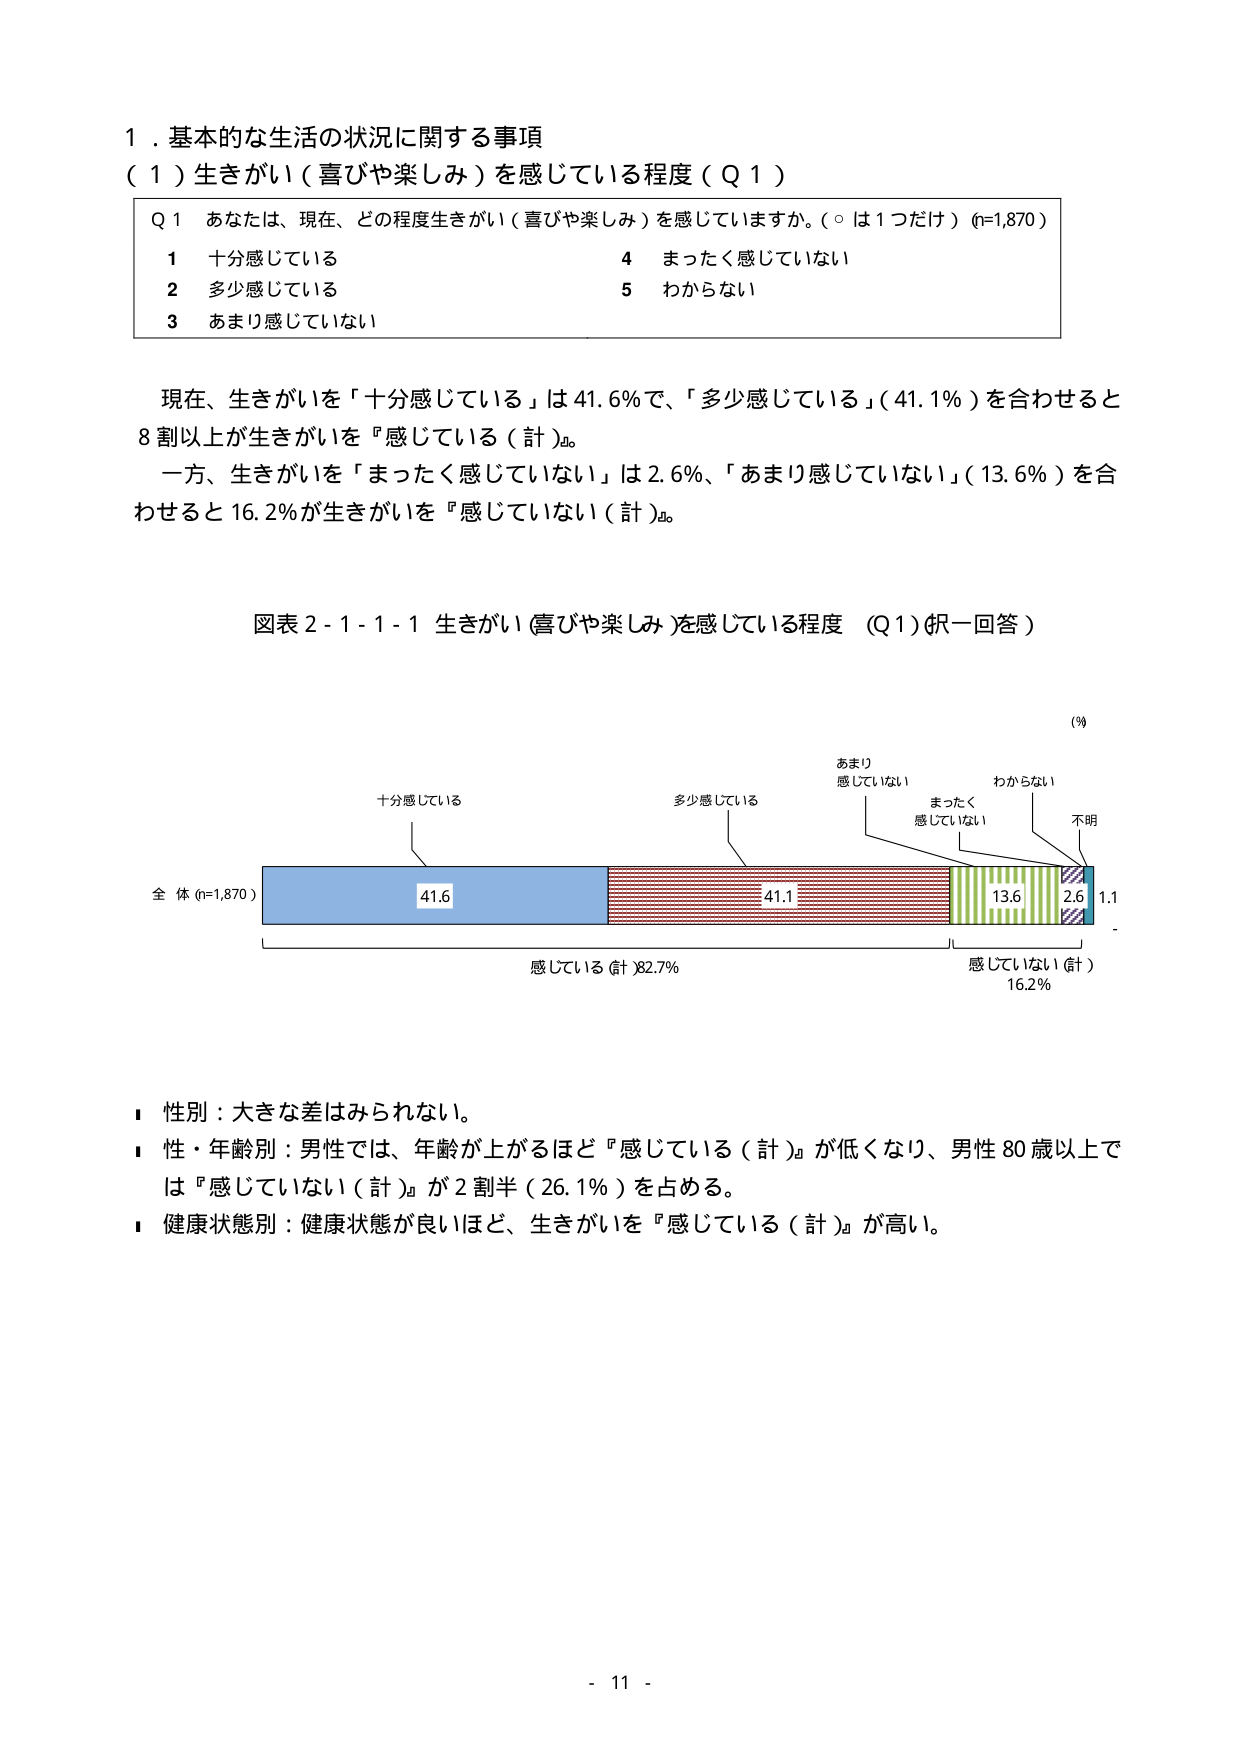
１．基本的な生活の状況に関する事項
（１）生きがい（喜びや楽しみ）を感じている程度（Ｑ１）

Ｑ１　あなたは、現在、どの程度生きがい（喜びや楽しみ）を感じていますか。（○は１つだけ）（n=1,870）
　１　十分感じている　　　　　　　　　　　４　まったく感じていない
　２　多少感じている　　　　　　　　　　　５　わからない
　３　あまり感じていない

現在、生きがいを「十分感じている」は41.6％で、「多少感じている」（41.1％）を合わせると
8割以上が生きがいを『感じている（計）』。
一方、生きがいを「まったく感じていない」は2.6％、「あまり感じていない」（13.6％）を合
わせると16.2％が生きがいを『感じていない（計）』。

図表２-１-１-１ 生きがい（喜びや楽しみ）を感じている程度　（Ｑ１）（択一回答）

（％）